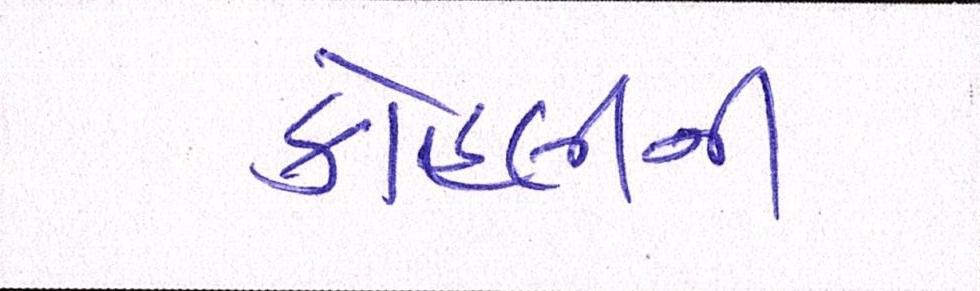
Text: કોહલીની